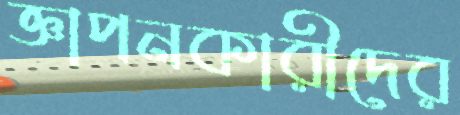
জ্ঞাপনকারীদের